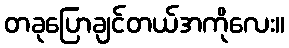
တခုပြောချင်တယ်အကိုလေး။